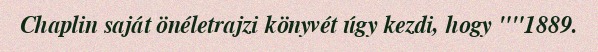
Chaplin saját önéletrajzi könyvét úgy kezdi, hogy ""1889.